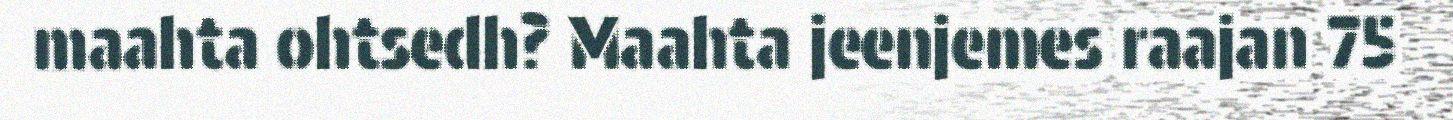
maahta ohtsedh? Maahta jeenjemes raajan 75